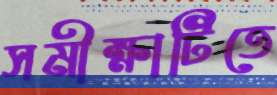
সমীক্ষাটিতে